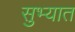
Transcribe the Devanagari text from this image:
सुभ्यात